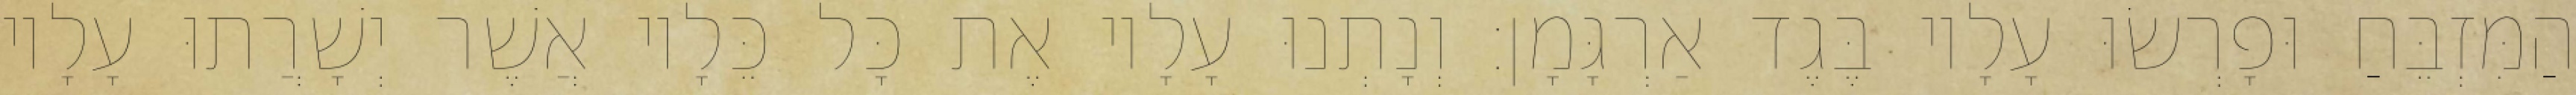
הַמִּזְבֵּחַ וּפָרְשׂוּ עָלָיו בֶּגֶד אַרְגָּמָן׃ וְנָתְנוּ עָלָיו אֶת כָּל כֵּלָיו אֲשֶׁר יְשָׁרֲתוּ עָלָיו